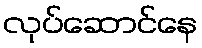
လုပ်ဆောင်နေ